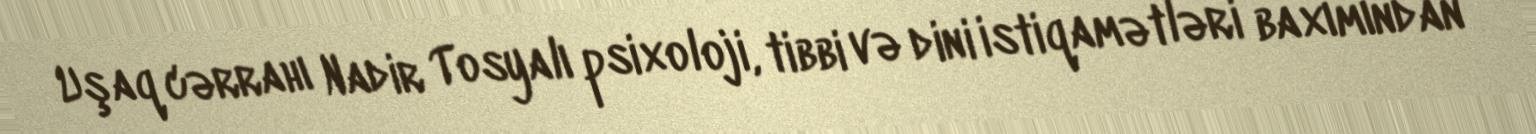
Uşaq cərrahı Nadir Tosyalı psixoloji, tibbi və dini istiqamətləri baxımından